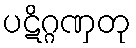
ပဋိဂ္ဂဏှတု